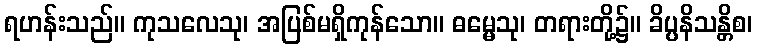
ရဟန်းသည်။ ကုသလေသု၊ အပြစ်မရှိကုန်သော။ ဓမ္မေသု၊ တရားတို့၌။ ခိပ္ပနိသန္တိစ၊